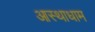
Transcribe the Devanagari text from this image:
आस्थाधाम